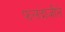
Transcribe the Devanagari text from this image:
फलंदाजीने